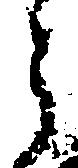
ら